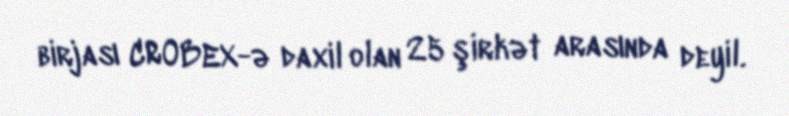
birjası CROBEX-ə daxil olan 25 şirkət arasında deyil.